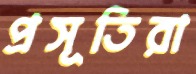
প্রসূতিরা